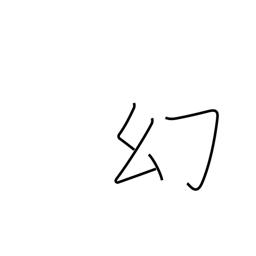
Meaning: apparition